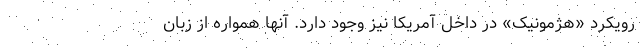
رویکرد «هژمونیک» در داخل آمریکا نیز وجود دارد. آنها همواره از زبان